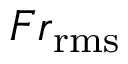
F r _ { \mathrm { r m s } }